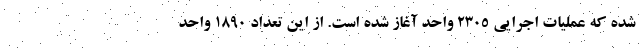
شده که عملیات اجرایی ۲۳۰۵ واحد آغاز شده است. از این تعداد ۱۸۹۰ واحد